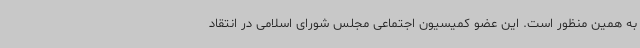
به همین منظور است. این عضو کمیسیون اجتماعی مجلس شورای اسلامی در انتقاد